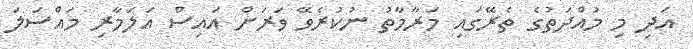
އަދި މި މުއްދަތުގެ ތެރޭގައި މަރާމާތު ނުކުރެވޭ ވަރަށް އައިސް އަލަމާރި މައްސަލަ